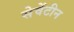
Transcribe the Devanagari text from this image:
सेवेंटीन